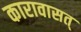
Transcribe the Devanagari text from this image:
कारावासत्